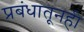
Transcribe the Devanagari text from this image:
प्रबंधातूनही